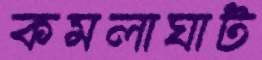
কমলাঘাট